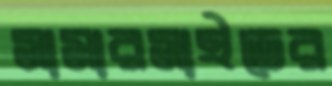
সামারসাইডের